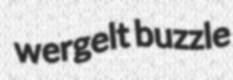
wergelt buzzle